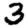
Digit: 3